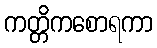
ကတ္တိကစောရကာ